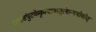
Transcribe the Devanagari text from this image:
ताम्रसंपुटकेकृत्वामातुरंगान्यथोवहेत्